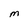
Character: M